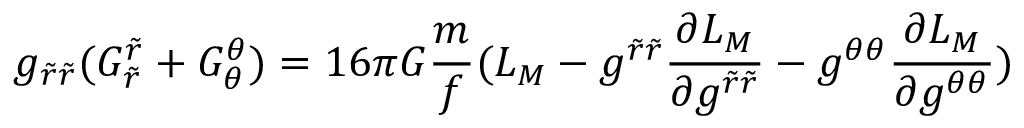
g _ { \tilde { r } \tilde { r } } ( G _ { \tilde { r } } ^ { \tilde { r } } + G _ { \theta } ^ { \theta } ) = 1 6 \pi G \frac { m } { f } ( L _ { M } - g ^ { \tilde { r } \tilde { r } } \frac { \partial L _ { M } } { \partial g ^ { \tilde { r } \tilde { r } } } - g ^ { \theta \theta } \frac { \partial L _ { M } } { \partial g ^ { \theta \theta } } )